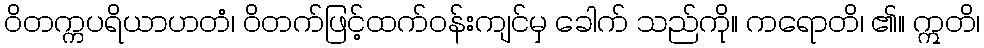
ဝိတက္ကပရိယာဟတံ၊ ဝိတက်ဖြင့်ထက်ဝန်းကျင်မှ ခေါက် သည်ကို။ ကရောတိ၊ ၏။ ဣတိ၊